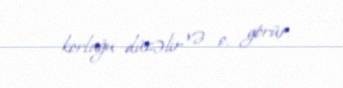
korluğu düzəlir və o, görür.